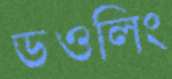
ডওলিং